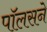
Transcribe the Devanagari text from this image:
पॉलसने